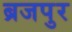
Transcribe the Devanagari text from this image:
ब्रजपुर